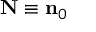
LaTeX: \mathbf { N } \equiv \mathbf { n } _ { 0 }